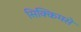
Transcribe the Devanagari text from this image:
सिक्किमसे